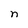
Character: n